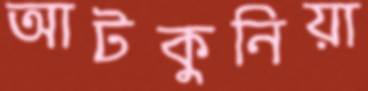
আটকুনিয়া